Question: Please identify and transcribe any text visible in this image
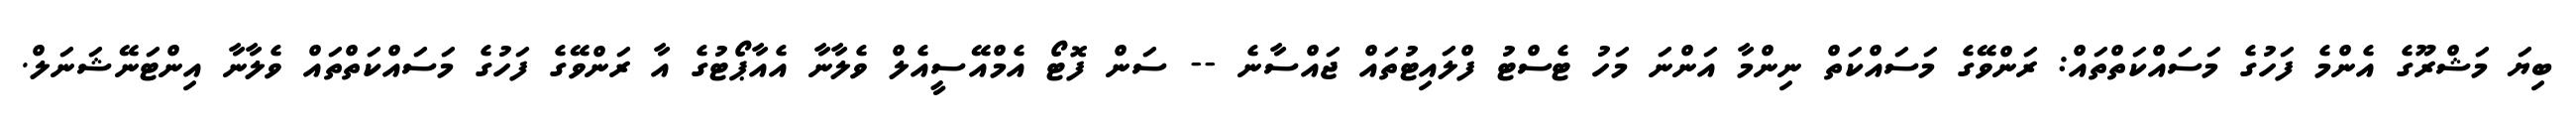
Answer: ބިޔަ މަޝްރޫގެ އެންމެ ފަހުގެ މަސައްކަތްތައް: ރަންވޭގެ މަސައްކަތް ނިންމާ އަންނަ މަހު ޓެސްޓު ފްލައިޓުތައް ޖައްސާނެ -- ސަން ފޮޓޯ އެމްއޭސީއެލް ވެލާނާ އެއާޕޯޓުގެ އާ ރަންވޭގެ ފަހުގެ މަސައްކަތްތައް ވެލާނާ އިންޓަނޭޝަނަލް.